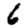
Digit: 6